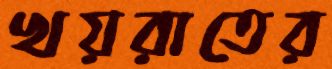
খয়রাতের